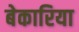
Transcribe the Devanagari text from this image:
बेकारिया